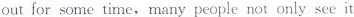
out for some time, many people not only see it